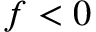
f < 0